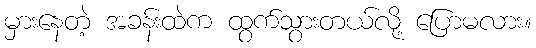
မှားနေတဲ့ အခန်းထဲက ထွက်သွားတယ်လို့ ပြောမလား။